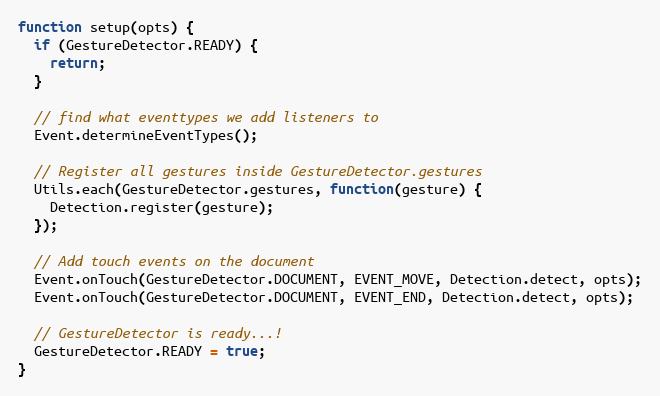
Language: JavaScript
function setup(opts) {
  if (GestureDetector.READY) {
    return;
  }

  // find what eventtypes we add listeners to
  Event.determineEventTypes();

  // Register all gestures inside GestureDetector.gestures
  Utils.each(GestureDetector.gestures, function(gesture) {
    Detection.register(gesture);
  });

  // Add touch events on the document
  Event.onTouch(GestureDetector.DOCUMENT, EVENT_MOVE, Detection.detect, opts);
  Event.onTouch(GestureDetector.DOCUMENT, EVENT_END, Detection.detect, opts);

  // GestureDetector is ready...!
  GestureDetector.READY = true;
}